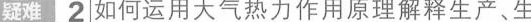
疑难2如何运用大气热力作用原理解释生产、生